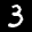
Label: 3